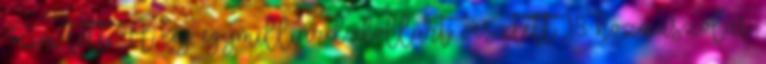
Kim tett. A cég egymilliárd dollárt vesztett. 18 hozzászólás